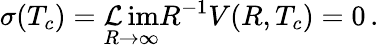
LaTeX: \sigma(T_{c})=\operatorname*{\mathcal{L}im}_{R\to\infty}R^{-1}V(R,T_{c})=0\, {.}